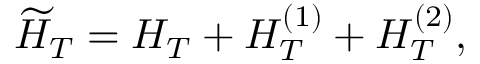
\widetilde H _ { T } = H _ { T } + H _ { T } ^ { ( 1 ) } + H _ { T } ^ { ( 2 ) } ,